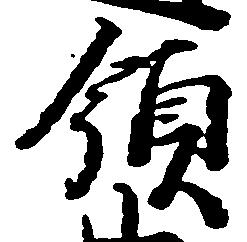
領